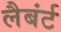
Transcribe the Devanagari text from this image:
लैबंर्ट